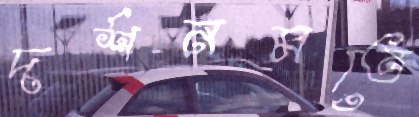
দর্শনমতে